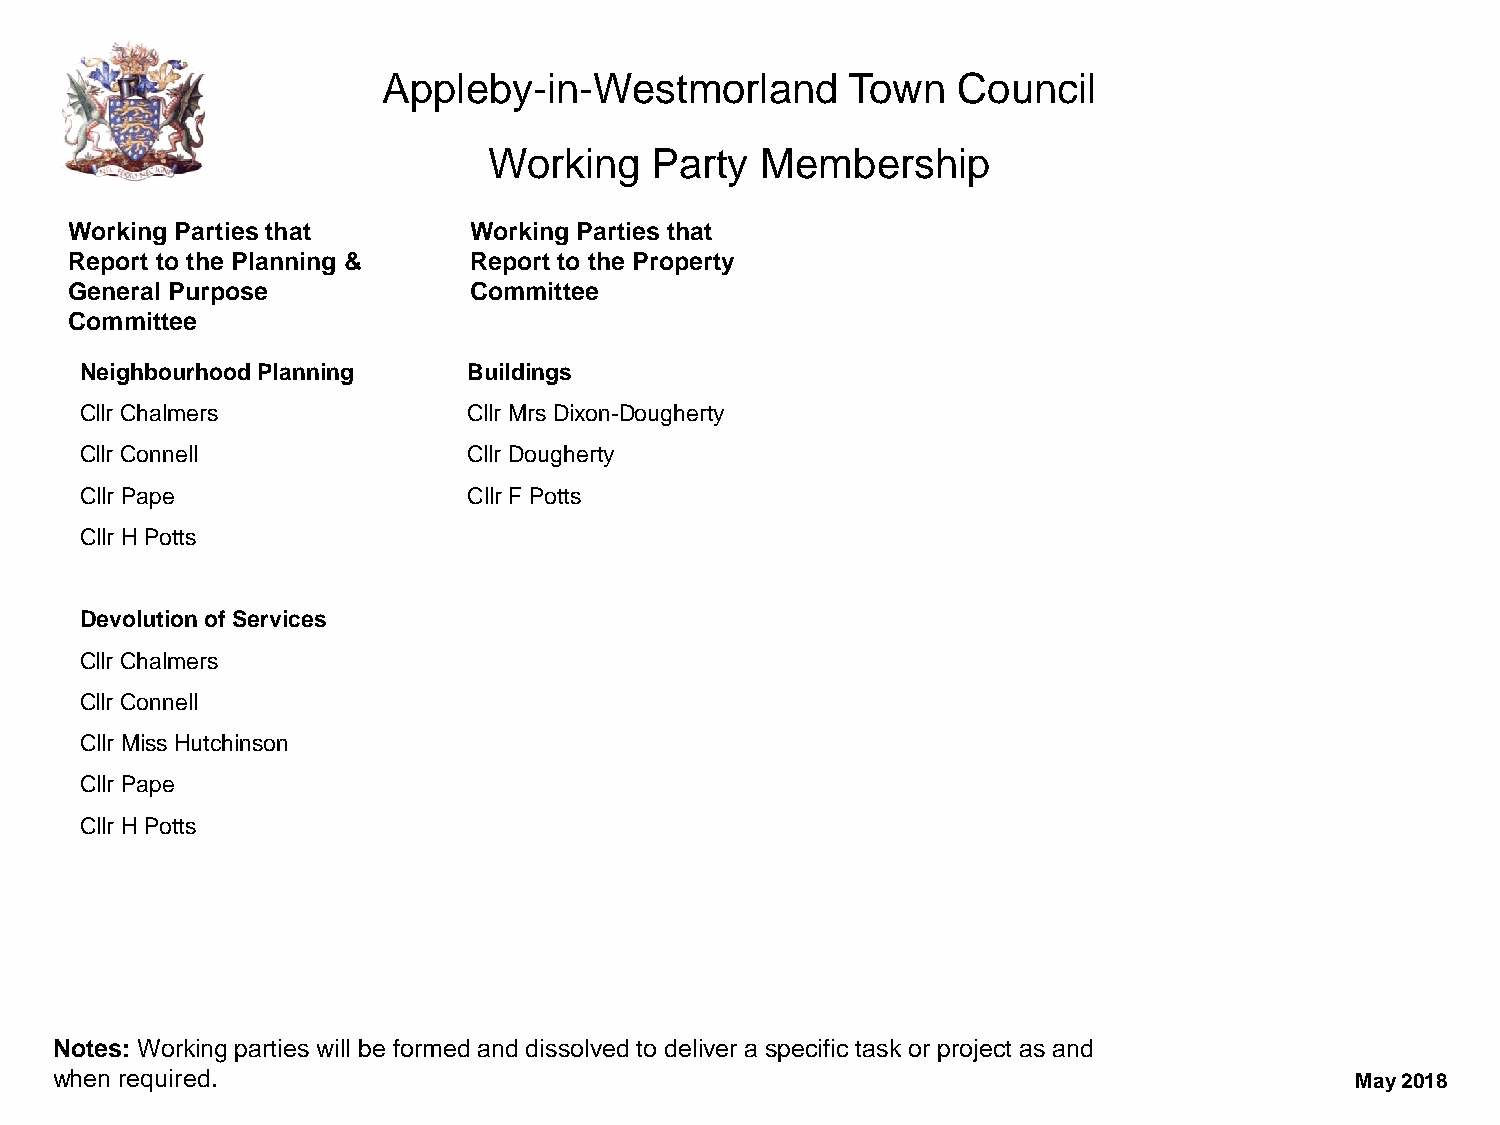
Appleby-in-Westmorland         Town   Council
 Working    Party  Membership
 Working Parties that      Working Parties that
 Report to the Planning &  Report to the Property
 General Purpose           Committee
 Committee
 Neighbourhood Planning    Buildings
 Cllr Chalmers             Cllr Mrs Dixon-Dougherty
 Cllr Connell              Cllr Dougherty
 Cllr Pape                 Cllr F Potts
 Cllr H Potts
 Devolution of Services
 Cllr Chalmers
 Cllr Connell
 Cllr Miss Hutchinson
 Cllr Pape
 Cllr H Potts
 Notes: Working parties will be formed and dissolved to deliver a specific task or project as and
 when required.                                                                         May 2018